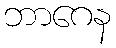
ဘာဂေန